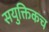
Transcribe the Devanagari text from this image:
सयुक्तिकच